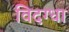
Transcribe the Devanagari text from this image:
विदग्धा